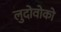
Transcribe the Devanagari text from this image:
लुदोवोको